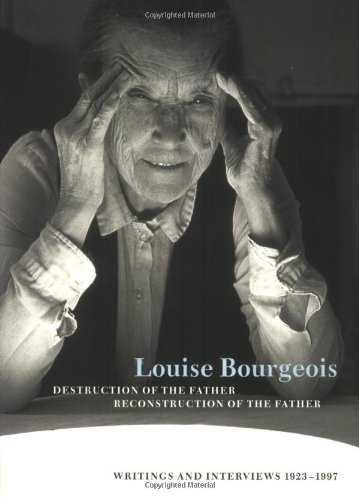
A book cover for Louise Bourgeois Destruction of the Father / Reconstruction of the Father: Writings and Interviews, 1923-1997; Louise Bourgeois; Arts & Photography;